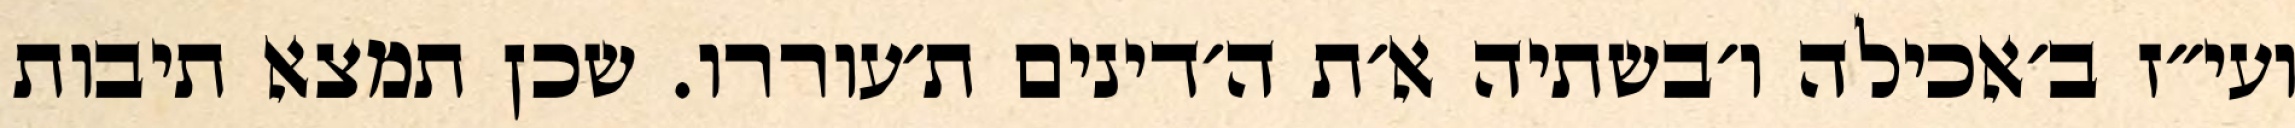
ועי״ז ב׳אכילה ו׳בשתיה א׳ת ה׳דינים ת׳עוררו. שכן תמצא תיבות